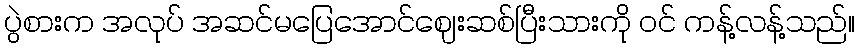
ပွဲစားက အလုပ် အဆင်မပြေအောင်ဈေးဆစ်ပြီးသားကို ဝင် ကန့်လန့်သည်။